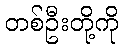
တစ်ဦးတို့ကို